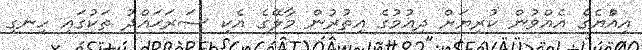
އިއްުޔެގެ އެއްވުން ކުރިޔަށް ދިއުމުގެ އިތުރުން މާލޭގެ އެކި ސަރަޙައްދު ތަކުގައި ހިނގި